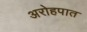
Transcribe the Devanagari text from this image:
अरोहपात